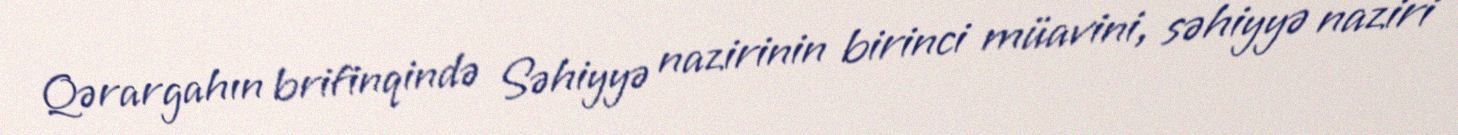
Qərargahın brifinqində Səhiyyə nazirinin birinci müavini, səhiyyə naziri